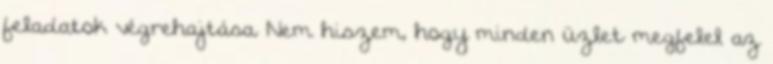
feladatok végrehajtása. Nem hiszem, hogy minden üzlet megfelel az